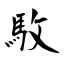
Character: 駇